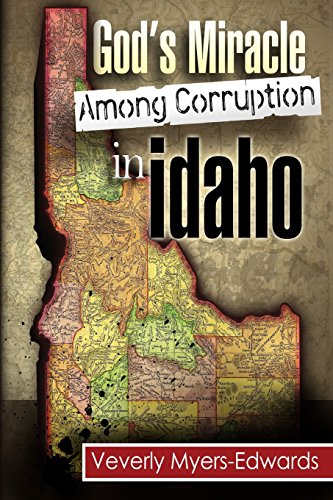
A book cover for God's Miracle Among Corruption In Idaho; Veverly Myers-Edwards; Law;